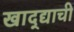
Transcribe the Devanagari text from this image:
खाद्द्याची